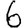
Digit: 6